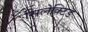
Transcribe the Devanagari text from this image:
सिलेक्टिड